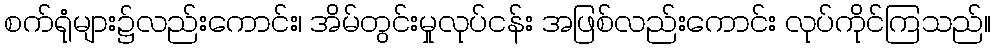
စက်ရုံများ၌လည်းကောင်း၊ အိမ်တွင်းမှုလုပ်ငန်း အဖြစ်လည်းကောင်း လုပ်ကိုင်ကြသည်။